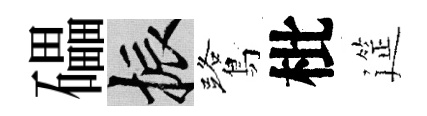
礧振鷺枇筵